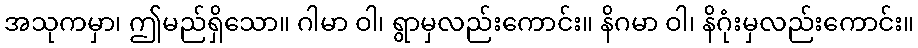
အသုကမှာ၊ ဤမည်ရှိသော။ ဂါမာ ဝါ၊ ရွာမှလည်းကောင်း။ နိဂမာ ဝါ၊ နိဂုံးမှလည်းကောင်း။